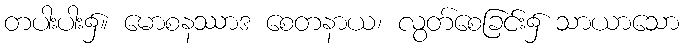
တပါးပါး၌။ မောစနဿာဒ စေတနာယ၊ လွတ်စေခြင်း၌ သာယာသော